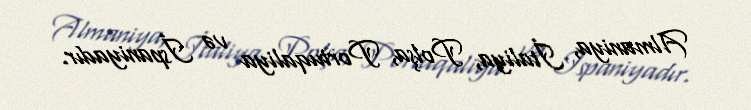
Almaniya, İtaliya, Polşa, Portuqaliya və İspaniyadır.